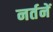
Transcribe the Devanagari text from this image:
नर्तनें